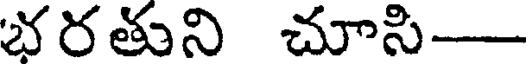
భరతుని చూసి-